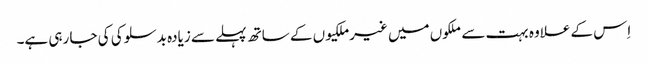
‏ اِس کے علاوہ بہت سے ملکوں میں غیرملکیوں کے ساتھ پہلے سے زیادہ بدسلوکی کی جا رہی ہے۔